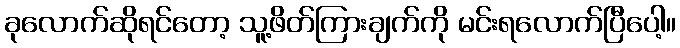
ခုလောက်ဆိုရင်တော့ သူ့ဖိတ်ကြားချက်ကို မင်းရလောက်ပြီပေါ့။